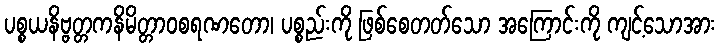
ပစ္စယနိဗ္ဗတ္တကနိမိတ္တာဝစရဏတော၊ ပစ္စည်းကို ဖြစ်စေတတ်သော အကြောင်းကို ကျင့်သောအား